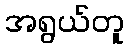
အရွယ်တူ